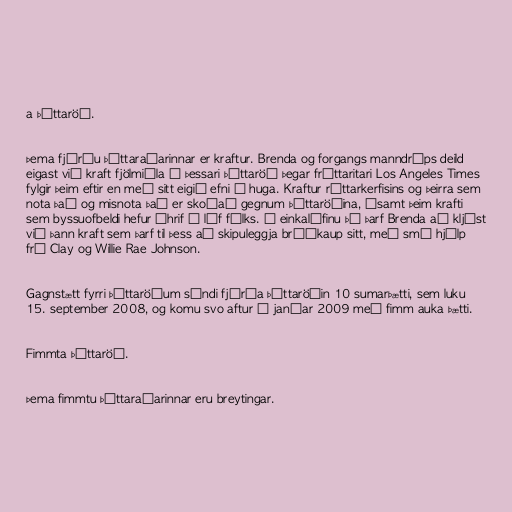
a þáttaröð.

Þema fjórðu þáttaraðarinnar er kraftur. Brenda og forgangs manndráps deild
eigast við kraft fjölmiðla í þessari þáttaröð þegar fréttaritari Los Angeles Times
fylgir þeim eftir en með sitt eigið efni í huga. Kraftur réttarkerfisins og þeirra sem
nota það og misnota það er skoðað gegnum þáttaröðina, ásamt þeim krafti
sem byssuofbeldi hefur áhrif á líf fólks. Í einkalífinu þá þarf Brenda að kljást
við þann kraft sem þarf til þess að skipuleggja brúðkaup sitt, með smá hjálp
frá Clay og Willie Rae Johnson.

Gagnstætt fyrri þáttaröðum sýndi fjórða þáttaröðin 10 sumarþætti, sem luku
15. september 2008, og komu svo aftur í janúar 2009 með fimm auka þætti.

Fimmta þáttaröð.

Þema fimmtu þáttaraðarinnar eru breytingar.